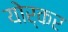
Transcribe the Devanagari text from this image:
योर्कर